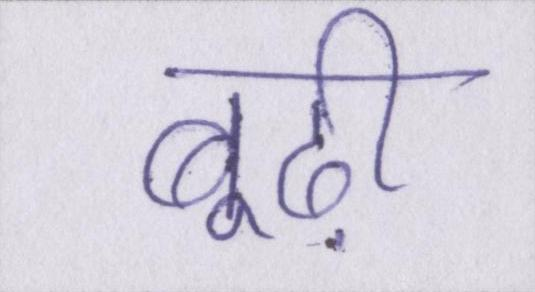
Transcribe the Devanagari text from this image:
बूढ़ी